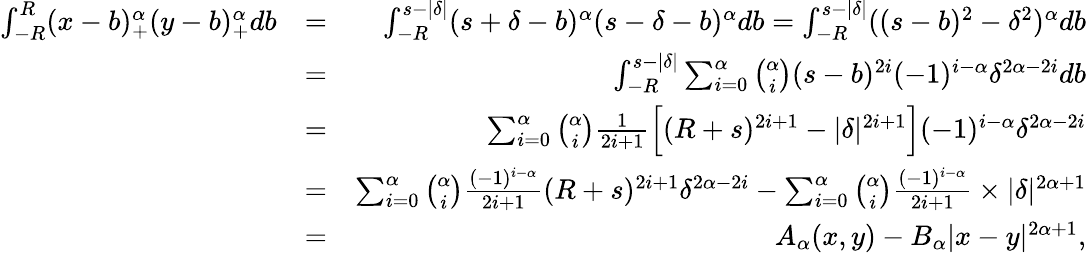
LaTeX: \begin{array}{rlr}{\int_{-R}^{R}(x-b)_{+}^{\alpha}(y-b)_{+}^{\alpha}db}&{=}&{\int_{-R}^{s-|\delta|}(s+\delta-b)^{\alpha}(s-\delta-b)^{\alpha}db=\int_{-R}^{s-|\delta|}((s-b)^{2}-\delta^{2})^{\alpha}db}\\ &{=}&{\int_{-R}^{s-|\delta|}\sum_{i=0}^{\alpha}{\binom{\alpha}{i}}(s-b)^{2i}(-1)^{i-\alpha}\delta^{2\alpha-2i}db}\\ &{=}&{\sum_{i=0}^{\alpha}{\binom{\alpha}{i}}\frac{1}{2i+1}\Big[(R+s)^{2i+1}-|\delta|^{2i+1}\Big](-1)^{i-\alpha}\delta^{2\alpha-2i}}\\ &{=}&{\sum_{i=0}^{\alpha}{\binom{\alpha}{i}}\frac{(-1)^{i-\alpha}}{2i+1}(R+s)^{2i+1}\delta^{2\alpha-2i}-\sum_{i=0}^{\alpha}{\binom{\alpha}{i}}\frac{(-1)^{i-\alpha}}{2i+1}\times|\delta|^{2\alpha+1}}\\ &{=}&{A_{\alpha}(x,y)-B_{\alpha}|x-y|^{2\alpha+1},}\end{array}